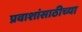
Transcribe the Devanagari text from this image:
प्रवाशांसाठीच्या